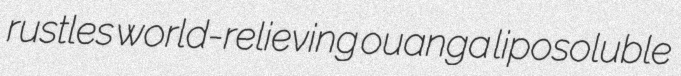
rustles world-relieving ouanga liposoluble